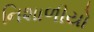
નિશાળીયો